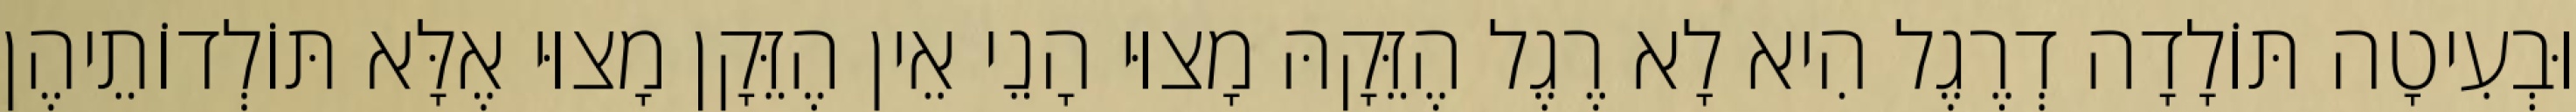
וּבְעִיטָה תּוֹלָדָה דְרֶגֶל הִיא לָא רֶגֶל הֶזֵּקָהּ מָצוּי הָנֵי אֵין הֶזֵּקָן מָצוּי אֶלָּא תּוֹלְדוֹתֵיהֶן